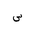
Letter: _sin